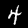
Digit: 4